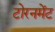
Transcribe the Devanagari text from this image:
टोरनमेंट